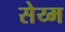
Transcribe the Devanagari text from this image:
सेय्म